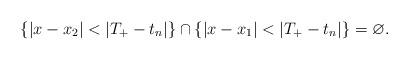
LaTeX: \begin{align*}\{ |x - x_2| < |T_+ - t_n| \} \cap \{ |x - x_1| < |T_+ - t_n| \} = \varnothing. \end{align*}